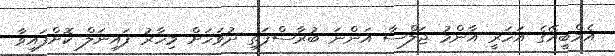
އެމްބީއޭގެ އަހަރީ އާންމު ޖަލްސާ އަންނަ ބުރާސްފަތި ދުވަހަށް މިހާރު ފައިނަލް ކޮށްފައިވާ